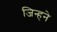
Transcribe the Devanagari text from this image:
जिन्हने